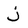
Character: j